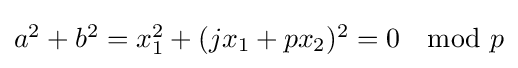
{\textstyle a^{2}+b^{2}=x_{1}^{2}+(jx_{1}+px_{2})^{2}=0\mod p}